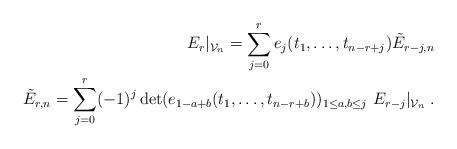
LaTeX: \begin{align*}E_{r}|_{\mathcal{V}_{n}}=\sum_{j=0}^{r}e_{j}(t_{1},\ldots ,t_{n-r+j})\tilde{E}_{r-j,n} \\\tilde{E}_{r,n}=\sum_{j=0}^{r}(-1)^{j}\det (e_{1-a+b}(t_{1},\ldots,t_{n-r+b}))_{1\leq a,b\leq j}~E_{r-j}|_{\mathcal{V}_{n}}\;. \end{align*}